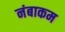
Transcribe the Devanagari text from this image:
नंबाकम